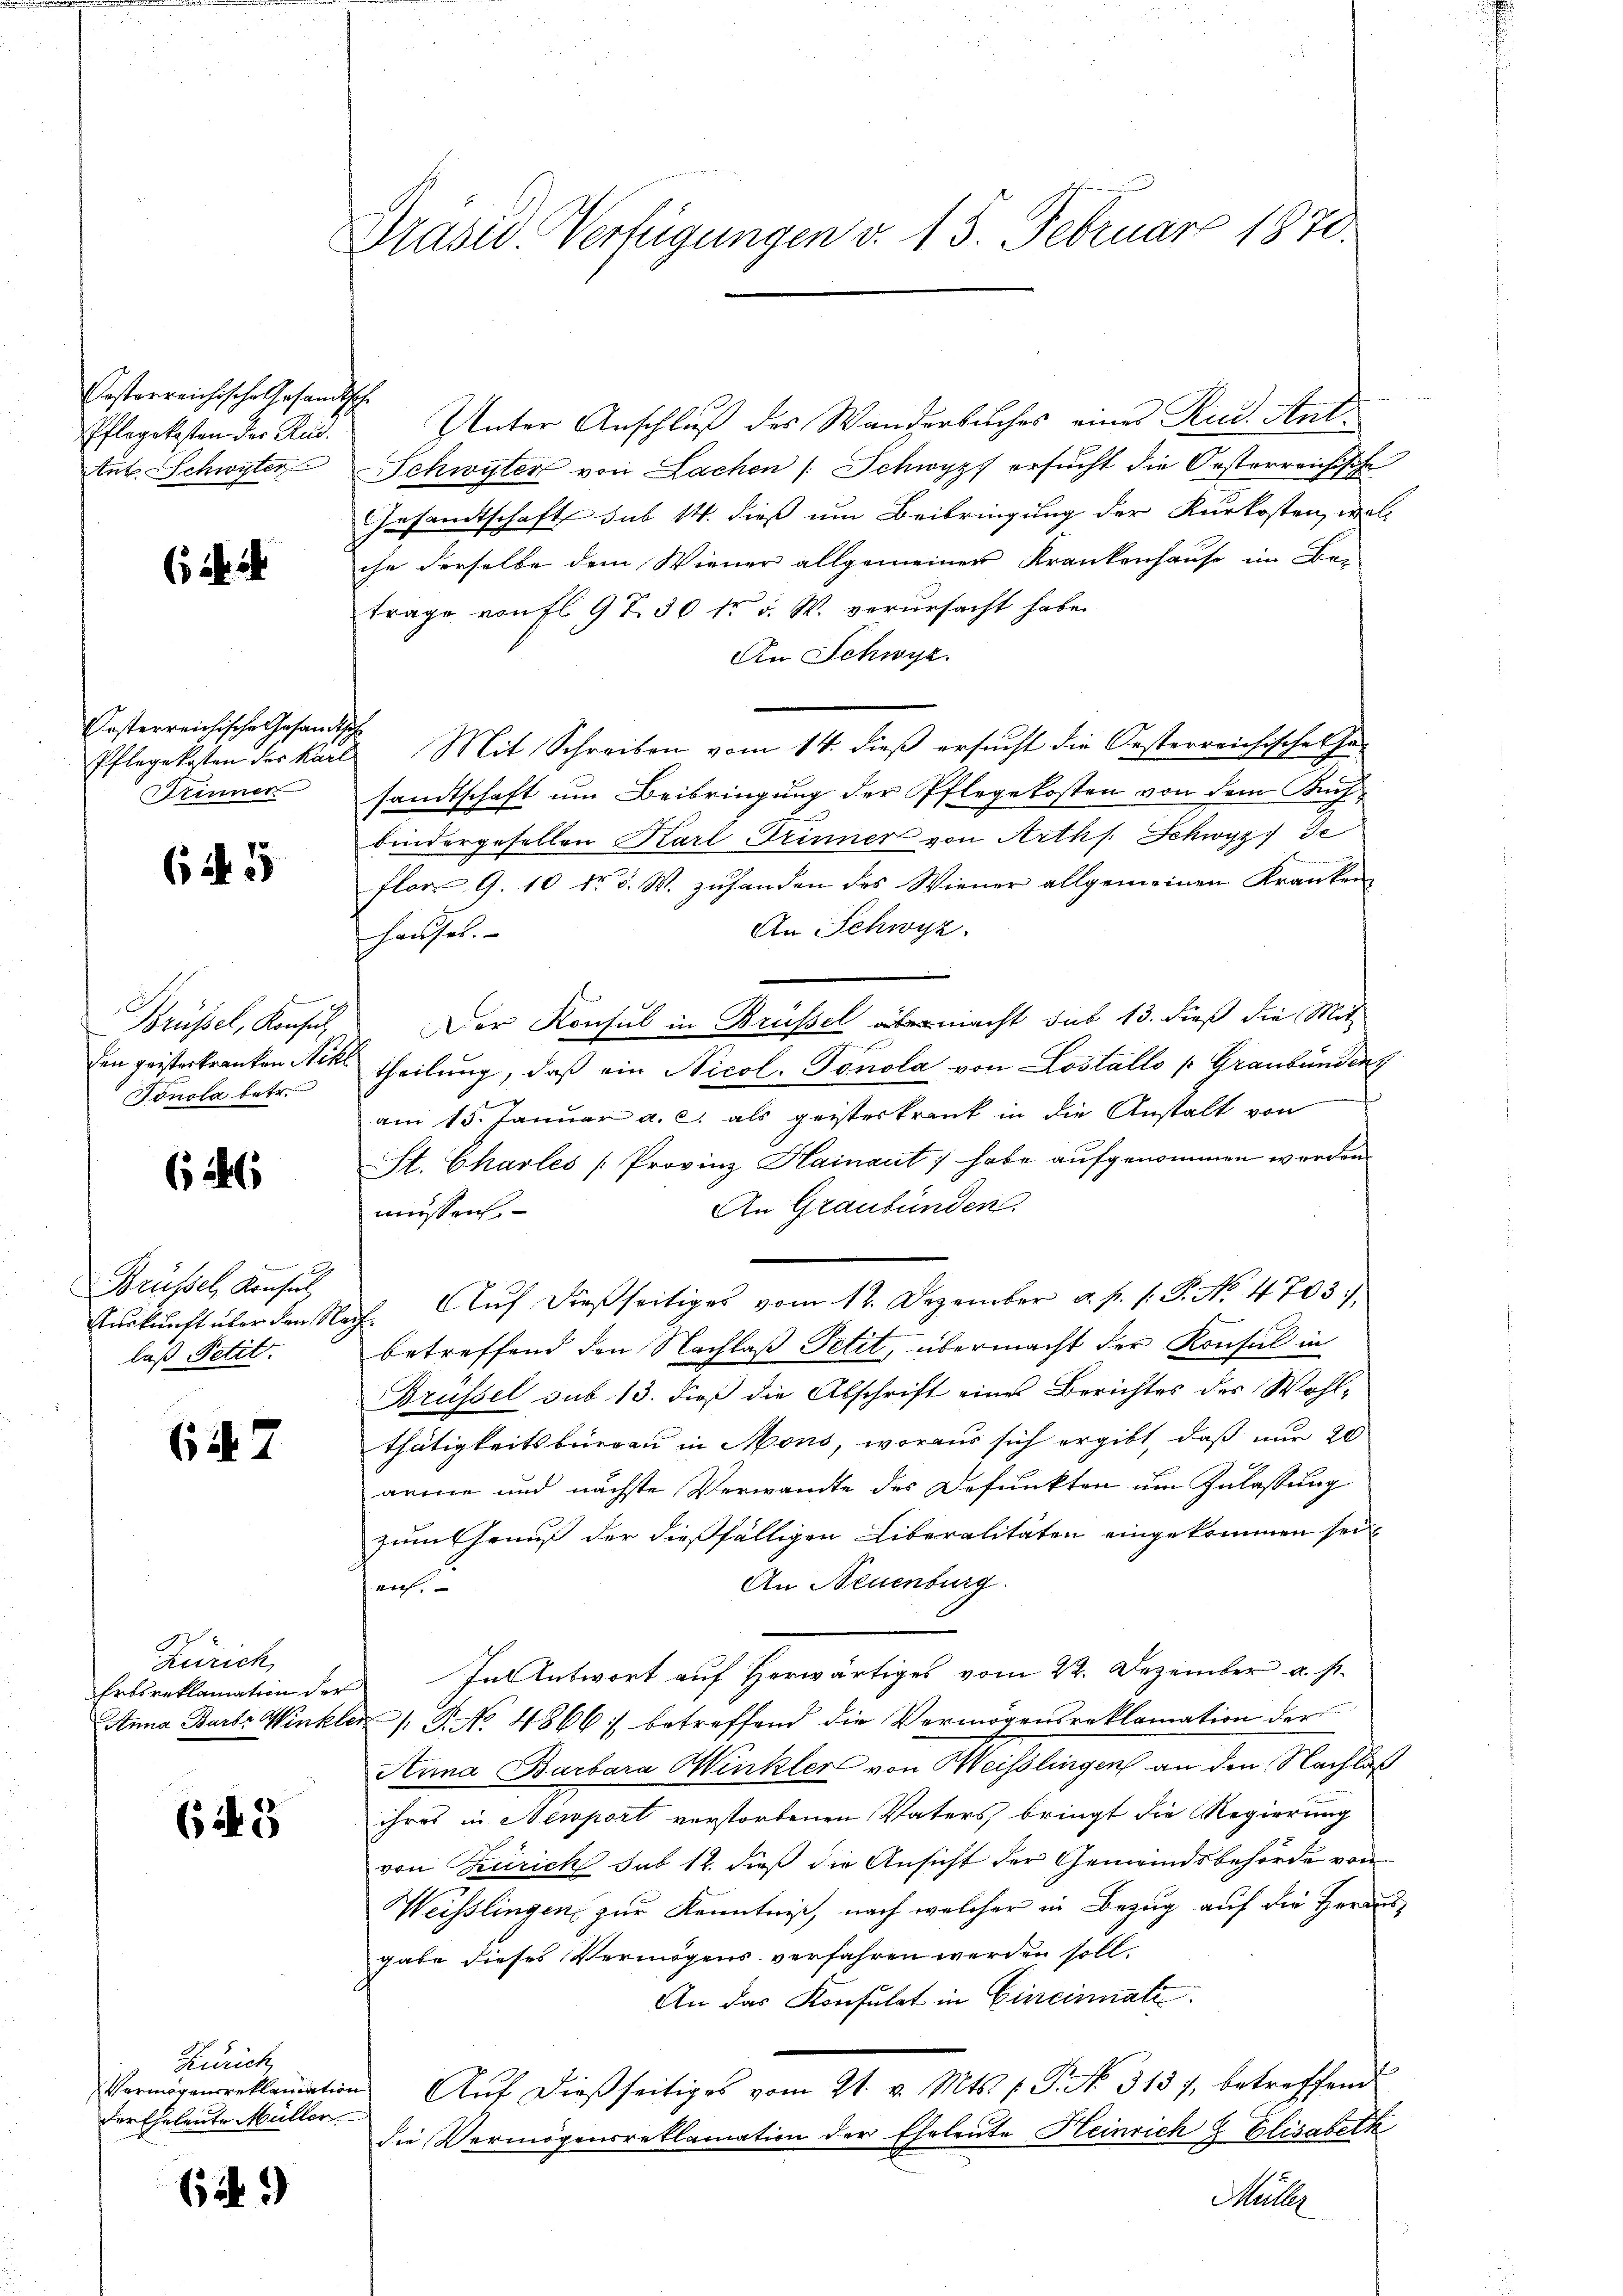
Oesterreichische Gesandtsche
Pflegekosten der Rud.
tut. Schwyter

i

Oesterreichische Gesandtsche
Drinner

645

Brüssel, Konsuch,
den geisterkranken Nik
Tonola betr.

626

Brüssel, Konsul
laß Petit.

67

d
Zürich

61. 5

Zürich
Vermögensreklamation
der Eheleute Müller

62.)

Prasw. Verfügungen v. 15. Februar 1870.

Unter Anschluß des Wanderbuches eines Rud. Ant¬
Schwyter von Lachen /: Schwyz ersucht die Oesterreichische
Gesandtschaft sub 14. dieß um Beibringung der Kurkosten, woll
che derselbe dem Wiener allgemeiner Krankenhause im Be-
trage von fl. 9 T. 30 t v. W. verursacht habe.
An Schwyz.
Pflegekosten des Karl Mit Schreiben vom 14. dieß ersucht die Oesterreichische Ge-
sandtschaft um Beibringung der Pflegekosten von dem Kuch
bindergesellen Karl Trinner von Arths. Schwyz, de
flor G. 10 dr. v. W. zufanden des Wiener allgemeinen Kranken
An Schwyz.
Hausel.
Der Konsul in Brüssel übermacht sub 13. dieß die Mit-
 theilung, daß ein Nicol. Gonola von Lostallo (Graubünden
am 15. Januar a. c. als geisterkrank in die Anstalt von
St. Charles [Provinz Hainant / habe aufgenommen werden.
An Graubünden.
müssen,
Auskunft über den Nach. Aŭf dießseitiges vom 12. Dezember a. p. 1. P. No. 4703).
betreffend den Nachlaß Petit, übermacht der Konsul in
Brüssel sub 13. dieß die Abschrift eines Berichtes des Wohlthätigkeitsbüreau in Mons, woraus sich ergibt, daß nur 20
arme und nächste Verwandte des Defunkten um Zulassung
zum Genuß der dießfälligen Liberalitäten eingekommen sei,
An Neuenburg.
auch,
Ertsreklamation der In Antwort auf herwärtiges vom 22. Dezember a. s.
Anna Barts Winkler /: P. No 4866 betreffend die Vermögensreklamation der
Anna Barbara Winklers von Weisslingen an den Nachlaß
ihres in Nemport verstorbenen Vaters, bringt die Regierung
von Zürich sub 12. dieß die Ansicht der Gemeindsbehörde von
Weisslingen zur Kenntniß, nach welcher in Bezug auf die Herausgabe dieses Vermögens verfahren werden soll.
An das Konsulat in Eineinnate.
Auf dießseitiges vom 21. v. Mts. f. P. No. 3137, betreffend
die Vermögensreklamation der Eheleute Heinrich & Elisabeth
Maller